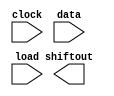
// megafunction wizard: %LPM_SHIFTREG%VBB%
// GENERATION: STANDARD
// VERSION: WM1.0
// MODULE: LPM_SHIFTREG 

// ============================================================
// Megafunction Name(s):
// 			LPM_SHIFTREG
//
// Simulation Library Files(s):
// 			lpm
// ============================================================
// ************************************************************
// THIS IS A WIZARD-GENERATED FILE. DO NOT EDIT THIS FILE!
//
// 18.1.1 Build 646 04/11/2019 SJ Lite Edition
// ************************************************************

//Copyright (C) 2019  Intel Corporation. All rights reserved.
//Your use of Intel Corporation's design tools, logic functions 
//and other software and tools, and any partner logic 
//functions, and any output files from any of the foregoing 
//(including device programming or simulation files), and any 
//associated documentation or information are expressly subject 
//to the terms and conditions of the Intel Program License 
//Subscription Agreement, the Intel Quartus Prime License Agreement,
//the Intel FPGA IP License Agreement, or other applicable license
//agreement, including, without limitation, that your use is for
//the sole purpose of programming logic devices manufactured by
//Intel and sold by Intel or its authorized distributors.  Please
//refer to the applicable agreement for further details, at
//https://fpgasoftware.intel.com/eula.

module LedShift (
	clock,
	data,
	load,
	shiftout);

	input	  clock;
	input	[47:0]  data;
	input	  load;
	output	  shiftout;

endmodule

// ============================================================
// CNX file retrieval info
// ============================================================
// Retrieval info: PRIVATE: ACLR NUMERIC "0"
// Retrieval info: PRIVATE: ALOAD NUMERIC "0"
// Retrieval info: PRIVATE: ASET NUMERIC "0"
// Retrieval info: PRIVATE: ASET_ALL1 NUMERIC "1"
// Retrieval info: PRIVATE: CLK_EN NUMERIC "0"
// Retrieval info: PRIVATE: INTENDED_DEVICE_FAMILY STRING "Cyclone 10 LP"
// Retrieval info: PRIVATE: LeftShift NUMERIC "0"
// Retrieval info: PRIVATE: ParallelDataInput NUMERIC "1"
// Retrieval info: PRIVATE: Q_OUT NUMERIC "0"
// Retrieval info: PRIVATE: SCLR NUMERIC "0"
// Retrieval info: PRIVATE: SLOAD NUMERIC "1"
// Retrieval info: PRIVATE: SSET NUMERIC "0"
// Retrieval info: PRIVATE: SSET_ALL1 NUMERIC "1"
// Retrieval info: PRIVATE: SYNTH_WRAPPER_GEN_POSTFIX STRING "0"
// Retrieval info: PRIVATE: SerialShiftInput NUMERIC "0"
// Retrieval info: PRIVATE: SerialShiftOutput NUMERIC "1"
// Retrieval info: PRIVATE: nBit NUMERIC "48"
// Retrieval info: PRIVATE: new_diagram STRING "1"
// Retrieval info: LIBRARY: lpm lpm.lpm_components.all
// Retrieval info: CONSTANT: LPM_DIRECTION STRING "RIGHT"
// Retrieval info: CONSTANT: LPM_TYPE STRING "LPM_SHIFTREG"
// Retrieval info: CONSTANT: LPM_WIDTH NUMERIC "48"
// Retrieval info: USED_PORT: clock 0 0 0 0 INPUT NODEFVAL "clock"
// Retrieval info: USED_PORT: data 0 0 48 0 INPUT NODEFVAL "data[47..0]"
// Retrieval info: USED_PORT: load 0 0 0 0 INPUT NODEFVAL "load"
// Retrieval info: USED_PORT: shiftout 0 0 0 0 OUTPUT NODEFVAL "shiftout"
// Retrieval info: CONNECT: @clock 0 0 0 0 clock 0 0 0 0
// Retrieval info: CONNECT: @data 0 0 48 0 data 0 0 48 0
// Retrieval info: CONNECT: @load 0 0 0 0 load 0 0 0 0
// Retrieval info: CONNECT: shiftout 0 0 0 0 @shiftout 0 0 0 0
// Retrieval info: GEN_FILE: TYPE_NORMAL LedShift.v TRUE
// Retrieval info: GEN_FILE: TYPE_NORMAL LedShift.inc FALSE
// Retrieval info: GEN_FILE: TYPE_NORMAL LedShift.cmp FALSE
// Retrieval info: GEN_FILE: TYPE_NORMAL LedShift.bsf FALSE
// Retrieval info: GEN_FILE: TYPE_NORMAL LedShift_inst.v FALSE
// Retrieval info: GEN_FILE: TYPE_NORMAL LedShift_bb.v TRUE
// Retrieval info: LIB_FILE: lpm